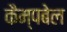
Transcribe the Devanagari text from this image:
कैम्‍पबेल